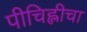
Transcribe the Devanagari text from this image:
पीचिह्लीचा